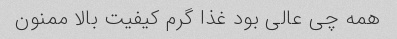
همه چی عالی بود غذا گرم کیفیت بالا ممنون